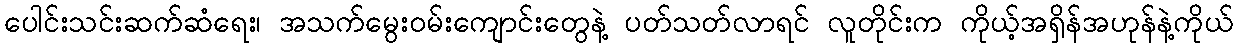
ပေါင်းသင်းဆက်ဆံရေး၊ အသက်မွေးဝမ်းကျောင်းတွေနဲ့ ပတ်သတ်လာရင် လူတိုင်းက ကိုယ့်အရှိန်အဟုန်နဲ့ကိုယ်